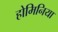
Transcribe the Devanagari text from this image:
होमिनिया